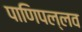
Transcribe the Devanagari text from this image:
पाणिपल्लव